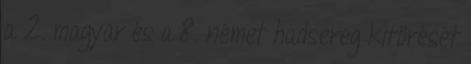
a 2. magyar és a 8. német hadsereg kitörését